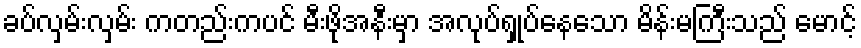
ခပ်လှမ်းလှမ်း ကတည်းကပင် မီးဖိုအနီးမှာ အလုပ်ရှုပ်နေသော မိန်းမကြီးသည် မောင့်